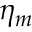
\eta _ { m }